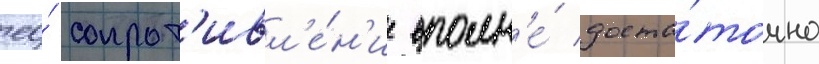
ео́ сопрот'ивл'е́н'ие вполн'е́ доста́точно